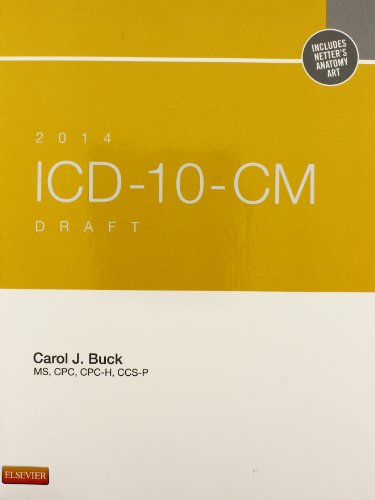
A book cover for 2014 ICD-10-CM Draft Edition, 1e; Carol J. Buck MS  CPC  CCS-P; Medical Books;